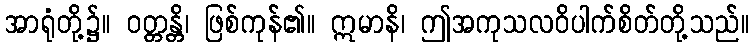
အာရုံတို့၌။ ဝတ္တန္တိ၊ ဖြစ်ကုန်၏။ ဣမာနိ၊ ဤအကုသလဝိပါက်စိတ်တို့သည်။